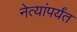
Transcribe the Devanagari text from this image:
नेत्यांपर्यंत